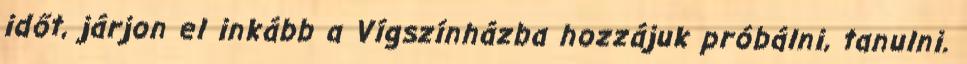
időt, járjon el inkább a Vígszínházba hozzájuk próbálni, tanulni.